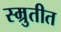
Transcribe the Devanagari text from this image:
स्म्रुतीत